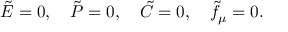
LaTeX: \tilde { E } = 0 , ~ ~ ~ \tilde { P } = 0 , ~ ~ ~ \tilde { C } = 0 , ~ ~ ~ \tilde { f } _ { \mu } = 0 .